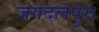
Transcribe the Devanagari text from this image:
जगदलपुर।